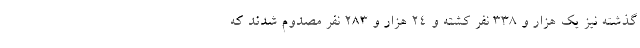
گذشته نیز یک هزار و ۳۳۸ نفر کشته و ۲۴ هزار و ۲۸۳ نفر مصدوم شدند که